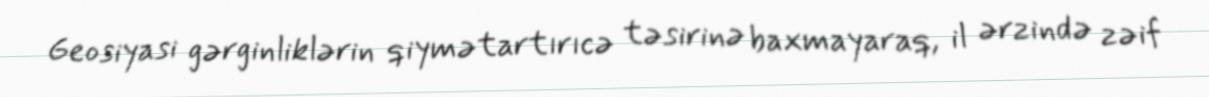
Geosiyasi gərginliklərin qiymətartırıcə təsirinə baxmayaraq, il ərzində zəif